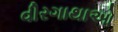
વીરગાથાઓ